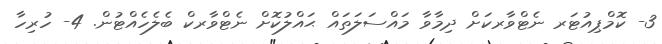
3- ކޮމްޕިއުޓަރ ނެޓްވާރކަށް ދިމާވާ މައްސަލަތައް ޙައްލުކޮށް ނެޓްވާރކް ބެލެހެއްޓުން. 4- ހުރިހާ